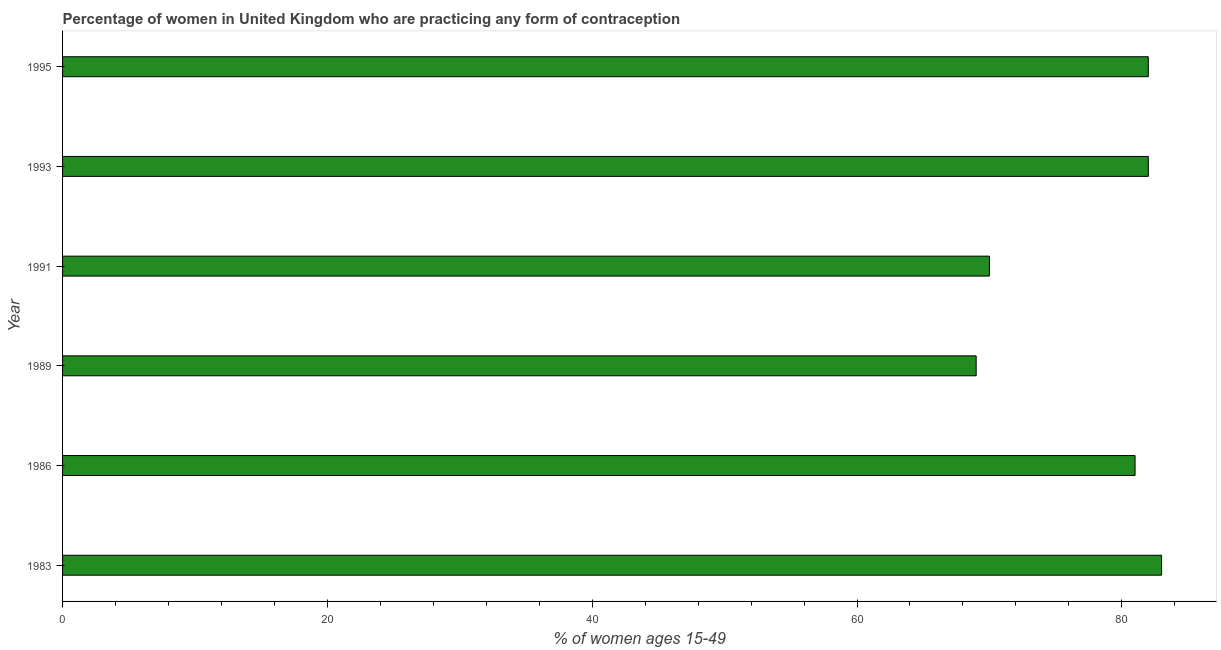
| Year | Contraceptive prevalence |
 | --- | --- |
 | 1983 | 83 |
 | 1986 | 81 |
 | 1989 | 69 |
 | 1991 | 70 |
 | 1993 | 82 |
 | 1995 | 82 |